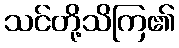
သင်တို့သိကြ၏